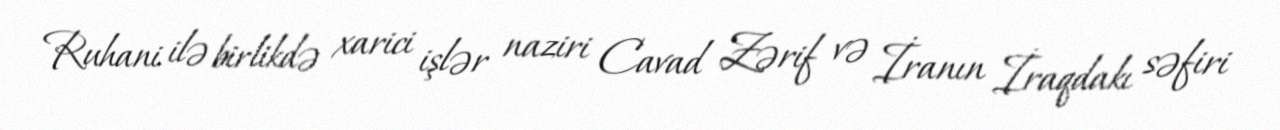
Ruhani ilə birlikdə xarici işlər naziri Cavad Zərif və İranın İraqdakı səfiri